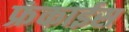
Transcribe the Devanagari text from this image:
फ्रंकाईस